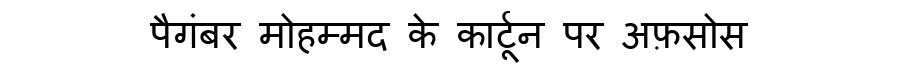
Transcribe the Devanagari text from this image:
पैगंबर मोहम्मद के कार्टून पर अफ़सोस